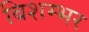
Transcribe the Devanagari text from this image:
बिशम्भर